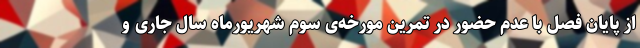
از پایان فصل با عدم حضور در تمرین مورخه‌ی سوم شهریورماه سال جاری و